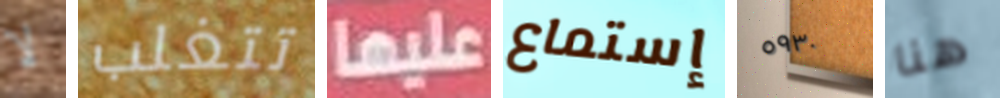
لا تتغلب عليها إستماع ٥٩٣٠ هنا